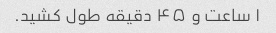
۱ ساعت و ۴۵ دقیقه طول کشید.